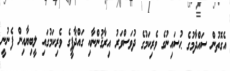
އެގޮތުން ސައްދާމުގެ ޙުސައިނުގެ ވެރިކަމުގެ ދުވަސްވަރު އިރާޤުންނާއި ގައްޛާފީގެ ވެރިކަމުގައި ލީބިޔާއިން ފެނުނީ